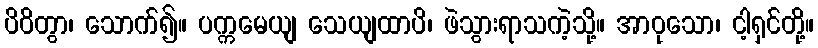
ပိဝိတွာ၊ သောက်၍။ ပက္ကမေယျ သေယျထာပိ၊ ဖဲသွားရာသကဲ့သို့။ အာဝုသော၊ ငါ့ရှင်တို့။